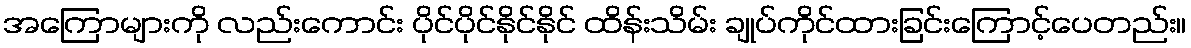
အကြောများကို လည်းကောင်း ပိုင်ပိုင်နိုင်နိုင် ထိန်းသိမ်း ချုပ်ကိုင်ထားခြင်းကြောင့်ပေတည်း။